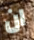
ان